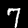
Digit: 7